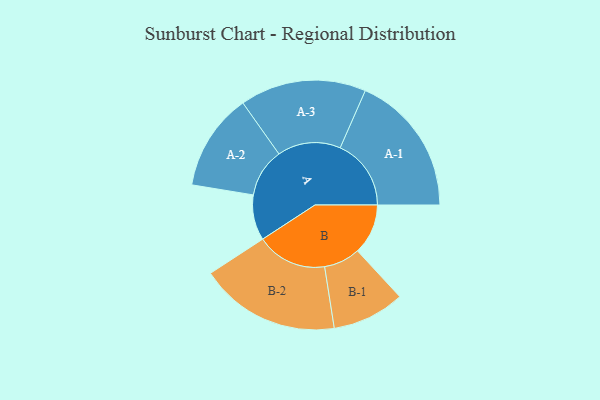
{"axis": {"x": "Segment", "y": "Value"}, "legend": ["", "A", "B"], "data": [{"x": "A", "y": 169, "type": ""}, {"x": "B", "y": 188, "type": ""}, {"x": "A-1", "y": 264, "type": "A"}, {"x": "A-2", "y": 181, "type": "A"}, {"x": "A-3", "y": 235, "type": "A"}, {"x": "B-1", "y": 135, "type": "B"}, {"x": "B-2", "y": 262, "type": "B"}]}